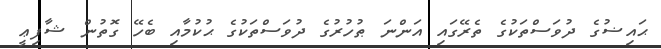
ޙައިޟުގެ ދުވަސްތަކުގެ ތެރޭގައި އަންނަ ޠުހުރުގެ ދުވަސްތަކުގެ ޙުކުމާއި ބެހޭ ގޮތުން ޝާފިޢީ